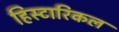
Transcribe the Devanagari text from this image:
हिस्टारिकल